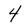
Character: 4